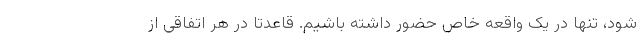
شود، تنها در یک واقعه خاص حضور داشته باشیم. قاعدتا در هر اتفاقی از